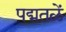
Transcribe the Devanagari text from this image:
पद्मतळें